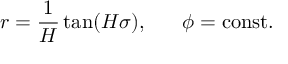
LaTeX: r = \frac { 1 } { H } \tan ( H \sigma ) , \; \; \; \; \; \; \phi = \mathrm { c o n s t . }